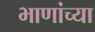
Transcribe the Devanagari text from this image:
भाणांच्या